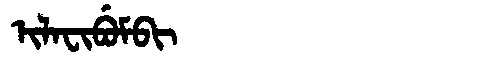
Manchu: ᡳᠯᠠᠸᡳᠪᡠᠮᠪᡳ
Romanization: ILAFIBUMBI